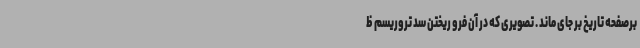
برصفحه تاریخ بر جای ماند . تصویری که در آن فرو ریختن سد تروریسم ظ